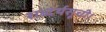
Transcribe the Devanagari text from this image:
शब्दर्थसूची।